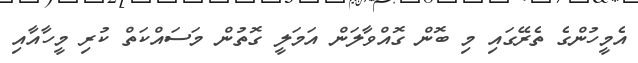
އެމީހުންގެ ތެރޭގައި މި ބޮން ގޮއްވާލަން އަމަލީ ގޮތުން މަސައްކަތް ކުރި މީހާއާއި